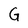
Character: G